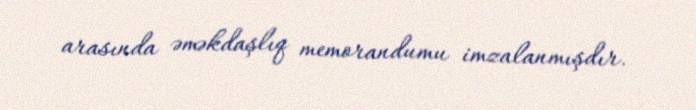
arasında əməkdaşlıq memorandumu imzalanmışdır.